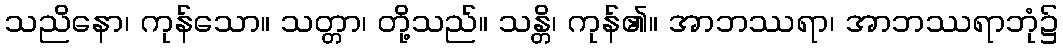
သညိနော၊ ကုန်သော။ သတ္တာ၊ တို့သည်။ သန္တိ၊ ကုန်၏။ အာဘဿရာ၊ အာဘဿရာဘုံ၌